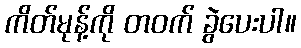
ကိတ်မုန့်ကို တဝက် ခွဲပေးပါ။